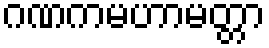
ဂဏကမဟာမတ္တာ